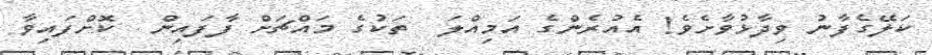
ކަލޭގެފާނު ވިދާޅުވާށެވެ! އެއުރެންގެ އަމިއްލަ  ތަކުގެ މައްޗަށް ފާފައިން  ކޮށްފައިވާ